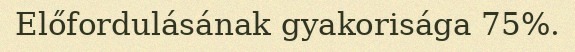
Előfordulásának gyakorisága 75%.